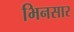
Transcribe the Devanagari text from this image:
भिनसार